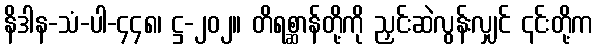
နိဒါန-သံ-ပါ-၄၄၈၊ ဋ္ဌ-၂၀၂။ တိရစ္ဆာန်တို့ကို ညှင်းဆဲလွန်းလျှင် ၎င်းတို့က